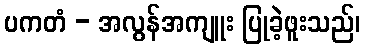
ပကတံ - အလွန်အကျူး ပြုခဲ့ဖူးသည်၊